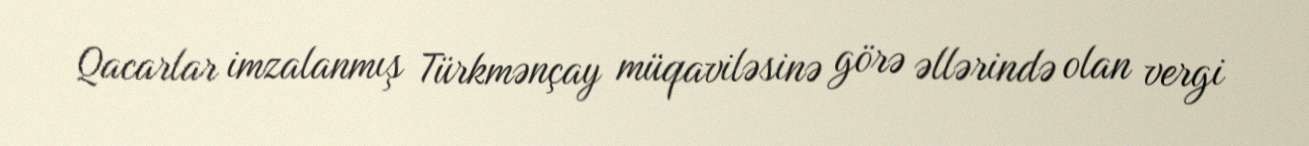
Qacarlar imzalanmış Türkmənçay müqaviləsinə görə əllərində olan vergi